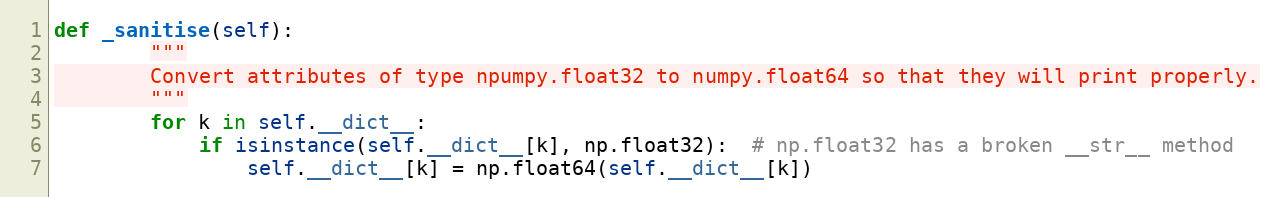
Language: Python
def _sanitise(self):
        """
        Convert attributes of type npumpy.float32 to numpy.float64 so that they will print properly.
        """
        for k in self.__dict__:
            if isinstance(self.__dict__[k], np.float32):  # np.float32 has a broken __str__ method
                self.__dict__[k] = np.float64(self.__dict__[k])